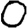
Digit: 0